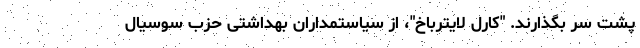
پشت سر بگذارند. "کارل لایترباخ"، از سیاستمداران بهداشتی حزب سوسیال